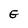
Character: E